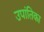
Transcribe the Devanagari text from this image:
उपांतिका